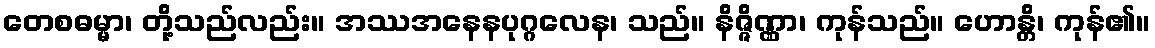
တေစဓမ္မာ၊ တို့သည်လည်း။ အဿအနေနပုဂ္ဂလေန၊ သည်။ နိဇ္ဇိဏ္ဏာ၊ ကုန်သည်။ ဟောန္တိ၊ ကုန်၏။